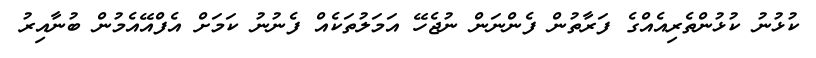
ކުޅުނު ކުޅުންތެރިއެއްގެ ފަރާތުން ފެންނަން ނުޖެހޭ އަމަލުތަކެއް ފެނުނު ކަމަށް އެފްއޭއެމުން ބުނާއިރު